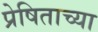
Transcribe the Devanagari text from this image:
प्रेषिताच्या